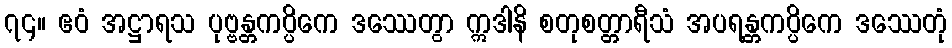
၇၄။ ဧဝံ အဋ္ဌာရသ ပုဗ္ဗန္တကပ္ပိကေ ဒဿေတွာ ဣဒါနိ စတုစတ္တာရီသံ အပရန္တကပ္ပိကေ ဒဿေတုံ